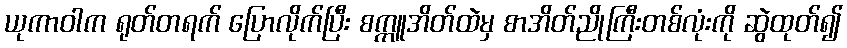
ယုကာဝါက ရုတ်တရက် ပြောလိုက်ပြီး စက္ကူအိတ်ထဲမှ စာအိတ်ညိုကြီးတစ်လုံးကို ဆွဲထုတ်၍